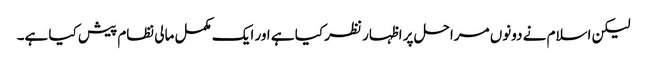
لیکن اسلام نے دونوں مراحل پر اظہار نظر کیا ہے اور ایک مکمل مالی نظام پیش کیا ہے۔